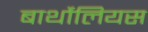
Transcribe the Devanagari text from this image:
बार्थोलियस